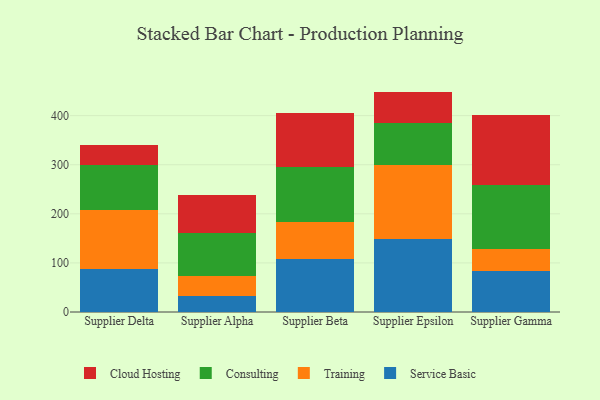
{"axis": {"x": "Supplier", "y": "Population (Million)"}, "legend": ["Cloud Hosting", "Consulting", "Service Basic", "Training"], "data": [{"x": "Supplier Delta", "y": 88.1, "type": "Service Basic"}, {"x": "Supplier Delta", "y": 120.7, "type": "Training"}, {"x": "Supplier Delta", "y": 89.7, "type": "Consulting"}, {"x": "Supplier Delta", "y": 41.2, "type": "Cloud Hosting"}, {"x": "Supplier Alpha", "y": 33.2, "type": "Service Basic"}, {"x": "Supplier Alpha", "y": 39.3, "type": "Training"}, {"x": "Supplier Alpha", "y": 88.8, "type": "Consulting"}, {"x": "Supplier Alpha", "y": 76.2, "type": "Cloud Hosting"}, {"x": "Supplier Beta", "y": 107.8, "type": "Service Basic"}, {"x": "Supplier Beta", "y": 74.6, "type": "Training"}, {"x": "Supplier Beta", "y": 112.4, "type": "Consulting"}, {"x": "Supplier Beta", "y": 110.4, "type": "Cloud Hosting"}, {"x": "Supplier Epsilon", "y": 148.2, "type": "Service Basic"}, {"x": "Supplier Epsilon", "y": 150.7, "type": "Training"}, {"x": "Supplier Epsilon", "y": 86.2, "type": "Consulting"}, {"x": "Supplier Epsilon", "y": 63.9, "type": "Cloud Hosting"}, {"x": "Supplier Gamma", "y": 83.3, "type": "Service Basic"}, {"x": "Supplier Gamma", "y": 45.7, "type": "Training"}, {"x": "Supplier Gamma", "y": 129.6, "type": "Consulting"}, {"x": "Supplier Gamma", "y": 142.2, "type": "Cloud Hosting"}]}